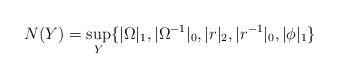
LaTeX: \begin{align*} N(Y) = \sup_Y \{ |\Omega|_1, |\Omega^{-1}|_0, |r|_2, |r^{-1}|_0, |\phi|_1\}\end{align*}